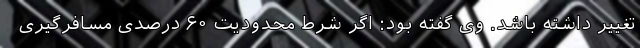
تغییر داشته باشد. وی گفته بود: اگر شرط محدودیت ۶۰ درصدی مسافرگیری